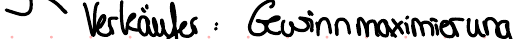
Verkäufer : Gewinnmaximierung